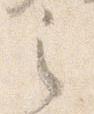
之